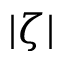
| \zeta |